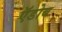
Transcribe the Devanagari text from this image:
ऍडोब